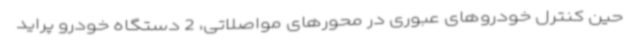
حین کنترل خودروهای عبوری در محورهای مواصلاتی، 2 دستگاه خودرو پراید